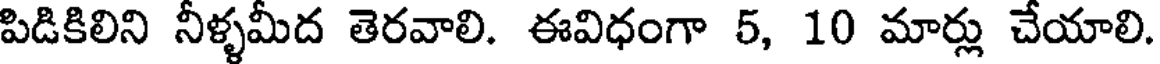
పిడికిలిని నీళ్ళమీద తెరవాలి. ఈవిధంగా 5, 10 మార్లు చేయాలి.